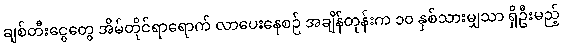
ချစ်တီးငွေတွေ အိမ်တိုင်ရာရောက် လာပေးနေစဉ် အချိန်တုန်းက ၁၀ နှစ်သားမျှသာ ရှိဦးမည့်